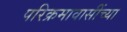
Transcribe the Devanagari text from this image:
परिक्रमावासींच्या